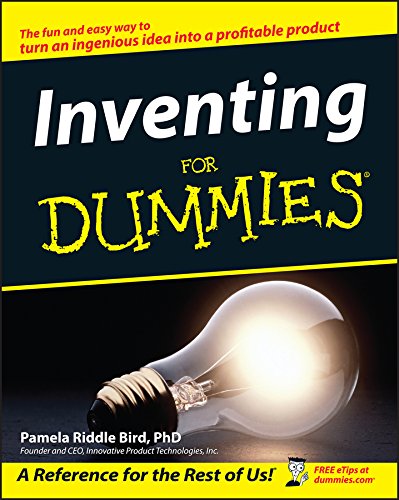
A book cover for Inventing For Dummies; Pamela Riddle Bird; Law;